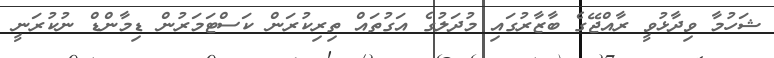
ޝަހުމާ ވިދާޅުވީ ރާއްޖޭގެ ބާޒާރުގައި މުދަލުގެ އަގުތައް ތިރިކުރަން ކަސްޓަމަރުން ޑިމާންޑް ނުކުރަނީ